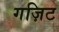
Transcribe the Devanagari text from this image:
गज़िट